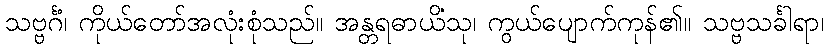
သဗ္ဗင်္ဂံ၊ ကိုယ်တော်အလုံးစုံသည်။ အန္တရဓာယိံသု၊ ကွယ်ပျောက်ကုန်၏။ သဗ္ဗသင်္ခါရာ၊